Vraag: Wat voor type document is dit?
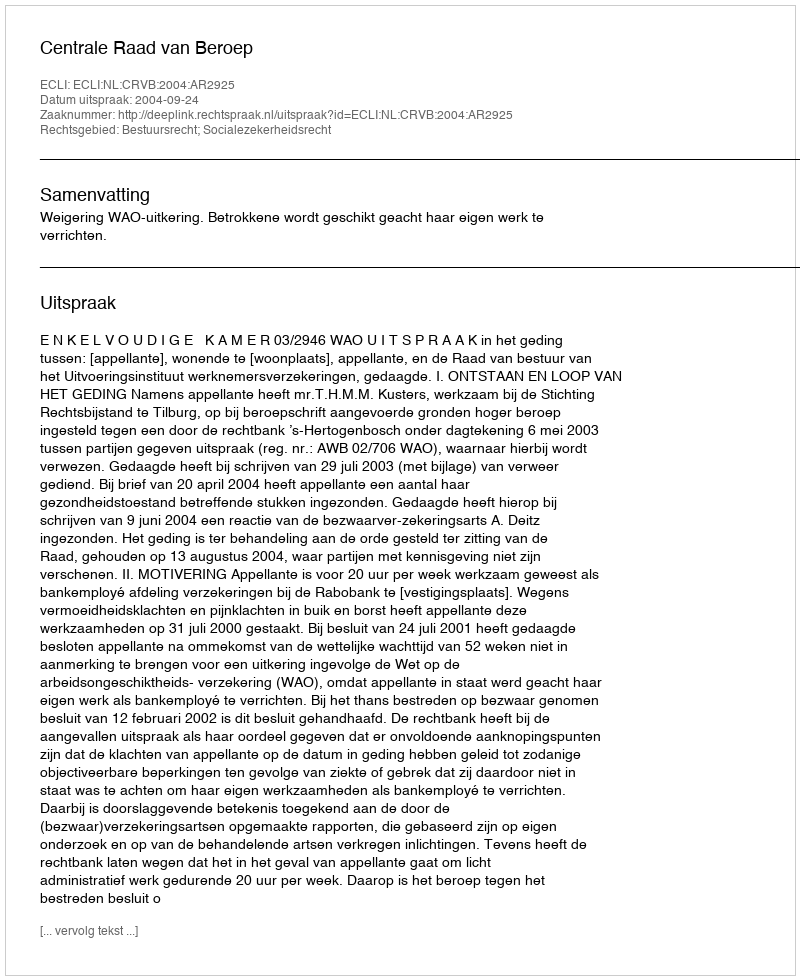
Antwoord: Uitspraak